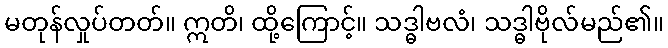
မတုန်လှုပ်တတ်။ ဣတိ၊ ထို့ကြောင့်။ သဒ္ဓါဗလံ၊ သဒ္ဓါဗိုလ်မည်၏။